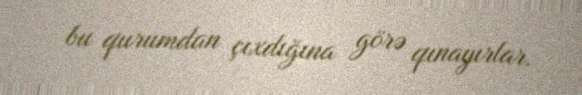
bu qurumdan çıxdığına görə qınayırlar.